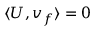
\langle \boldsymbol { U } , \boldsymbol { v } _ { f } \rangle = 0